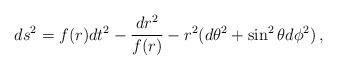
LaTeX: \begin{align*}ds^{2}= f(r) dt^{2}- \frac{dr^{2}}{f(r)}-r^{2}(d\theta^{2}+\sin^2\theta d\phi^{2})\,,\end{align*}